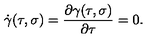
\dot { \gamma } ( \tau , \sigma ) = { \frac { \partial \gamma ( \tau , \sigma ) } { \partial \tau } } = 0 .